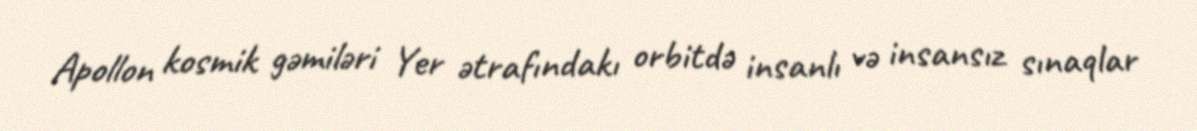
Apollon kosmik gəmiləri Yer ətrafındakı orbitdə insanlı və insansız sınaqlar